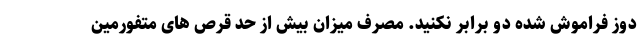
دوز فراموش شده دو برابر نکنید. مصرف میزان بیش از حد قرص های متفورمین